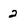
Character: 2